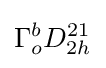
\Gamma _{o}^{b}D_{2h}^{21}